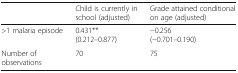
|  | Child is currently in school (adjusted) | Grade attained conditional on age (adjusted) |
 | --- | --- | --- |
 | >1 malaria episode | 0.431**(0.212–0.877) | −0.256(−0.701–0.190) |
 | Number of observations | 70 | 75 |